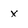
Character: x